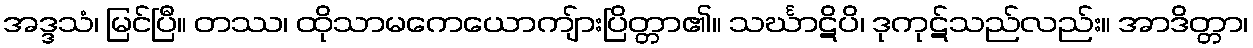
အဒ္ဒသံ၊ မြင်ပြီ။ တဿ၊ ထိုသာမကေယောကျ်ားပြိတ္တာ၏။ သင်္ဃာဋိပိ၊ ဒုကုဋ်သည်လည်း။ အာဒိတ္တာ၊